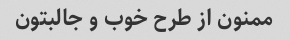
ممنون از طرح خوب و جالبتون